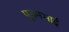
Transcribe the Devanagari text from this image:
पूनमभाई